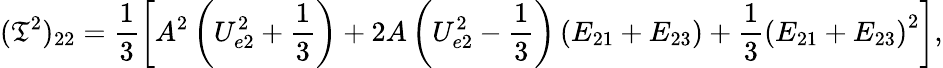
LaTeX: (\mathfrak{T}^{2})_{22}=\frac{{1}}{{3}}\left[A^{2}\left(U_{e2}^{2}+\frac{{1}}{{3}}\right)+2A\left(U_{e2}^{2}-\frac{{1}}{{3}}\right)\left(E_{21}+E_{23}\right)+\frac{{1}}{{3}}\left(E_{21}+E_{23}\right)^{2}\right],